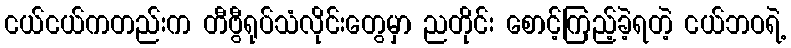
ငယ်ငယ်ကတည်းက တီဗွီရုပ်သံလိုင်းတွေမှာ ညတိုင်း စောင့်ကြည့်ခဲ့ရတဲ့ ငယ်ဘဝရဲ့